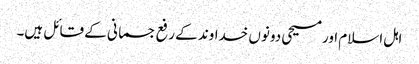
اہل اسلام اور مسیحی دونوں خداوند کے رفع جسمانی کے قائل ہیں۔